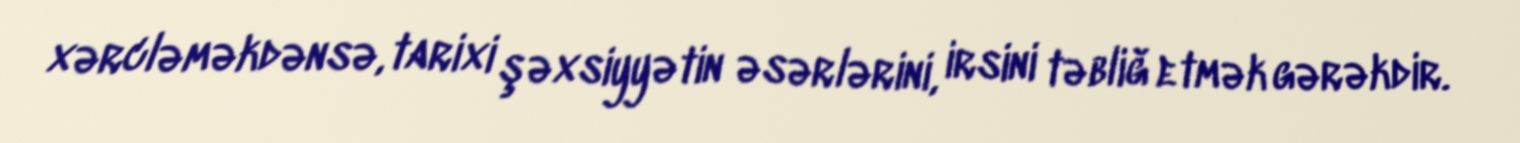
xərcləməkdənsə, tarixi şəxsiyyətin əsərlərini, irsini təbliğ etmək gərəkdir.